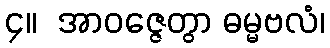
၄။  အာဝဇ္ဇေတွာ ဓမ္မဗလံ၊